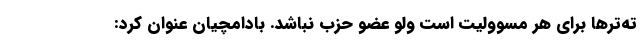
ته‌ترها برای هر مسوولیت است ولو عضو حزب نباشد. بادامچیان عنوان کرد: